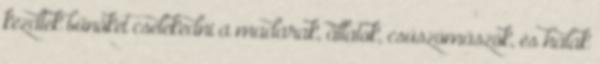
kezdtek bűnöket cselekedni a madarak, állatok, csúszómászók, és halak